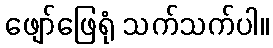
ဖျော်ဖြေရုံ သက်သက်ပါ။